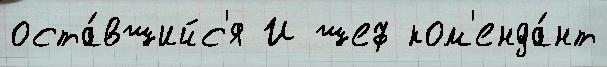
оста́вшийс'я И шеф ком'енда́нт